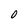
Character: O